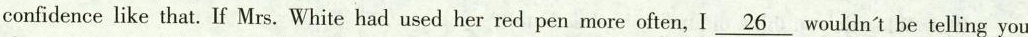
confidence like that. If Mrs. White had used her red pen more often, I \underline{26} wouldn't be telling you